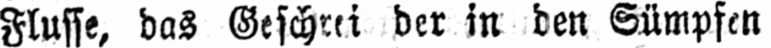
Flusse, das Geschrei der in den Sümpfen